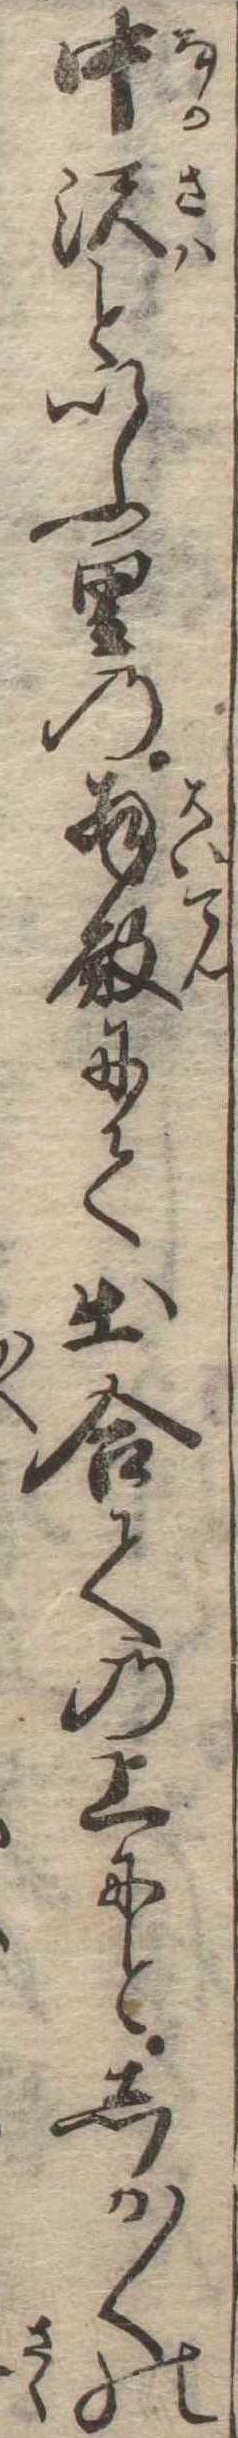
中沢といふ里の拝殿にて出合ての上にとしか〱の